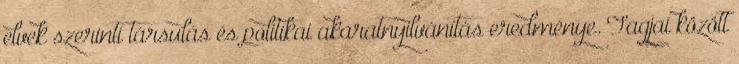
elvek szerinti társulás és politikai akaratnyilvánítás eredménye. Tagjai között